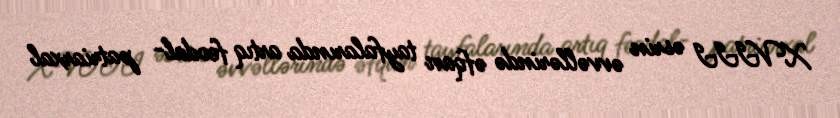
XVIII əsrin əvvəllərində əfqan tayfalarında artıq feodal- patriarxal